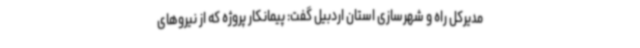
مدیرکل راه و شهرسازی استان اردبیل گفت: پیمانکار پروژه که از نیروهای